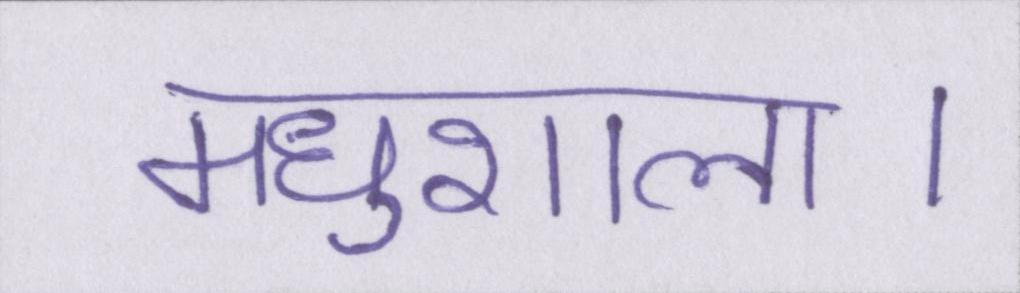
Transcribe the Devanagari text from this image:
मधुशाला।